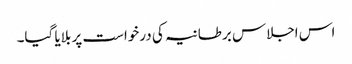
اس اجلاس برطانیہ کی درخواست پر بلایا گیا۔